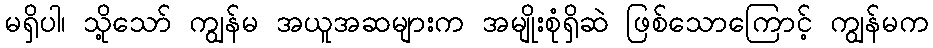
မရှိပါ၊ သို့သော် ကျွန်မ အယူအဆများက အမျိုးစုံရှိဆဲ ဖြစ်သောကြောင့် ကျွန်မက